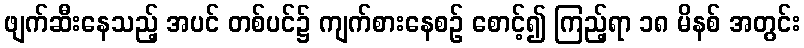
ဖျက်ဆီးနေသည့် အပင် တစ်ပင်၌ ကျက်စားနေစဉ် စောင့်၍ ကြည့်ရာ ၁၈ မိနစ် အတွင်း